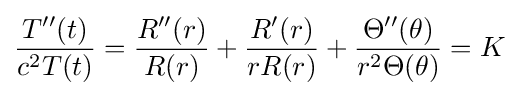
{\frac {T''(t)}{c^{2}T(t)}}={\frac {R''(r)}{R(r)}}+{\frac {R'(r)}{rR(r)}}+{\frac {\Theta ''(\theta )}{r^{2}\Theta (\theta )}}=K